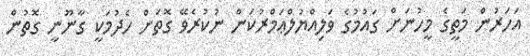
އަހަރުން މަތީގެ މީހުނަށް ގައުމުގެ ވަލިއްޔުލްޢަމްރުކަން ނުކުރެވޭ ގޮތަށް ހެދުމަކީ ގާނޫނީ ގޮތުން